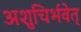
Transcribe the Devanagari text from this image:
अशुचिर्भवेत्